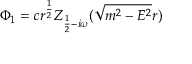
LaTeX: \Phi _ { 1 } = c r ^ { \frac 1 2 } Z _ { \frac 1 2 - i \omega } ( \sqrt { m ^ { 2 } - E ^ { 2 } } r )